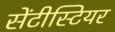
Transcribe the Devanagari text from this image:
सेंटीस्टियर